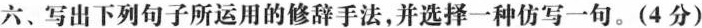
六、写出下列句子所运用的修辞手法，并选择一种仿写一句。(4分)